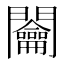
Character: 𨷲